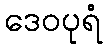
ဒေဝပုရံ